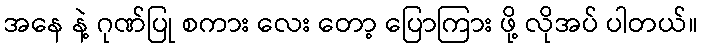
အနေ နဲ့ ဂုဏ်ပြု စကား လေး တော့ ပြောကြား ဖို့ လိုအပ် ပါတယ်။